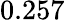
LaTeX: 0.257